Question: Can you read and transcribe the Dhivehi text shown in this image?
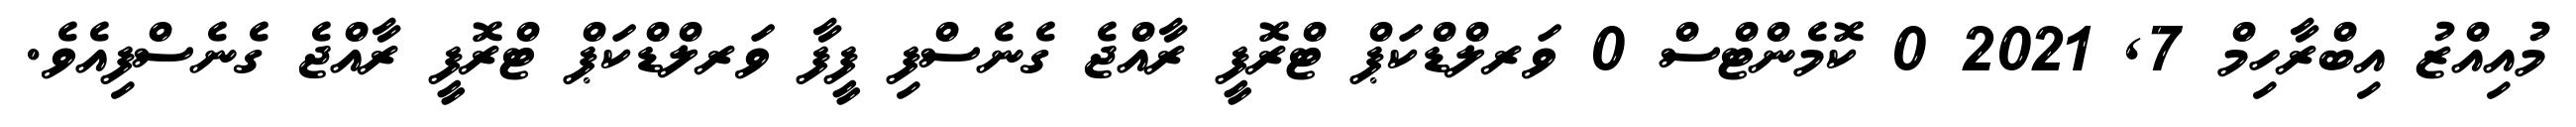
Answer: މުއިއްޒު އިބްރާހިމް 7, 2021 0 ކޮމެންޓްސް 0 ވަރލްޑްކަޕް ޓްރޮފީ ރާއްޖެ ގެނެސްފި ފީފާ ވަރލްޑްކަޕް ޓްރޮފީ ރާއްޖެ ގެނެސްފިއެވެ.